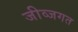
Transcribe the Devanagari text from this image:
जीव्जगत